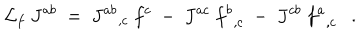
LaTeX: { \cal L } _ { f } \ J ^ { a b } \ = \ { J ^ { a b } } _ { , c } \ f ^ { c } \ - \ J ^ { a c } \ { f ^ { b } } _ { , c } \ - \ J ^ { c b } \ { f ^ { a } } _ { , c } \ \ \ .